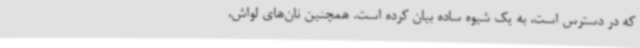
که در دسترس است، به یک شیوه ساده بیان کرده است. همچنین نان‌های لواش،